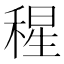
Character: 𥠀